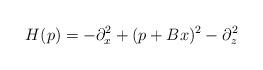
LaTeX: \begin{align*} H(p) = -\partial_x^2 + (p+Bx)^2 -\partial_z^2\end{align*}